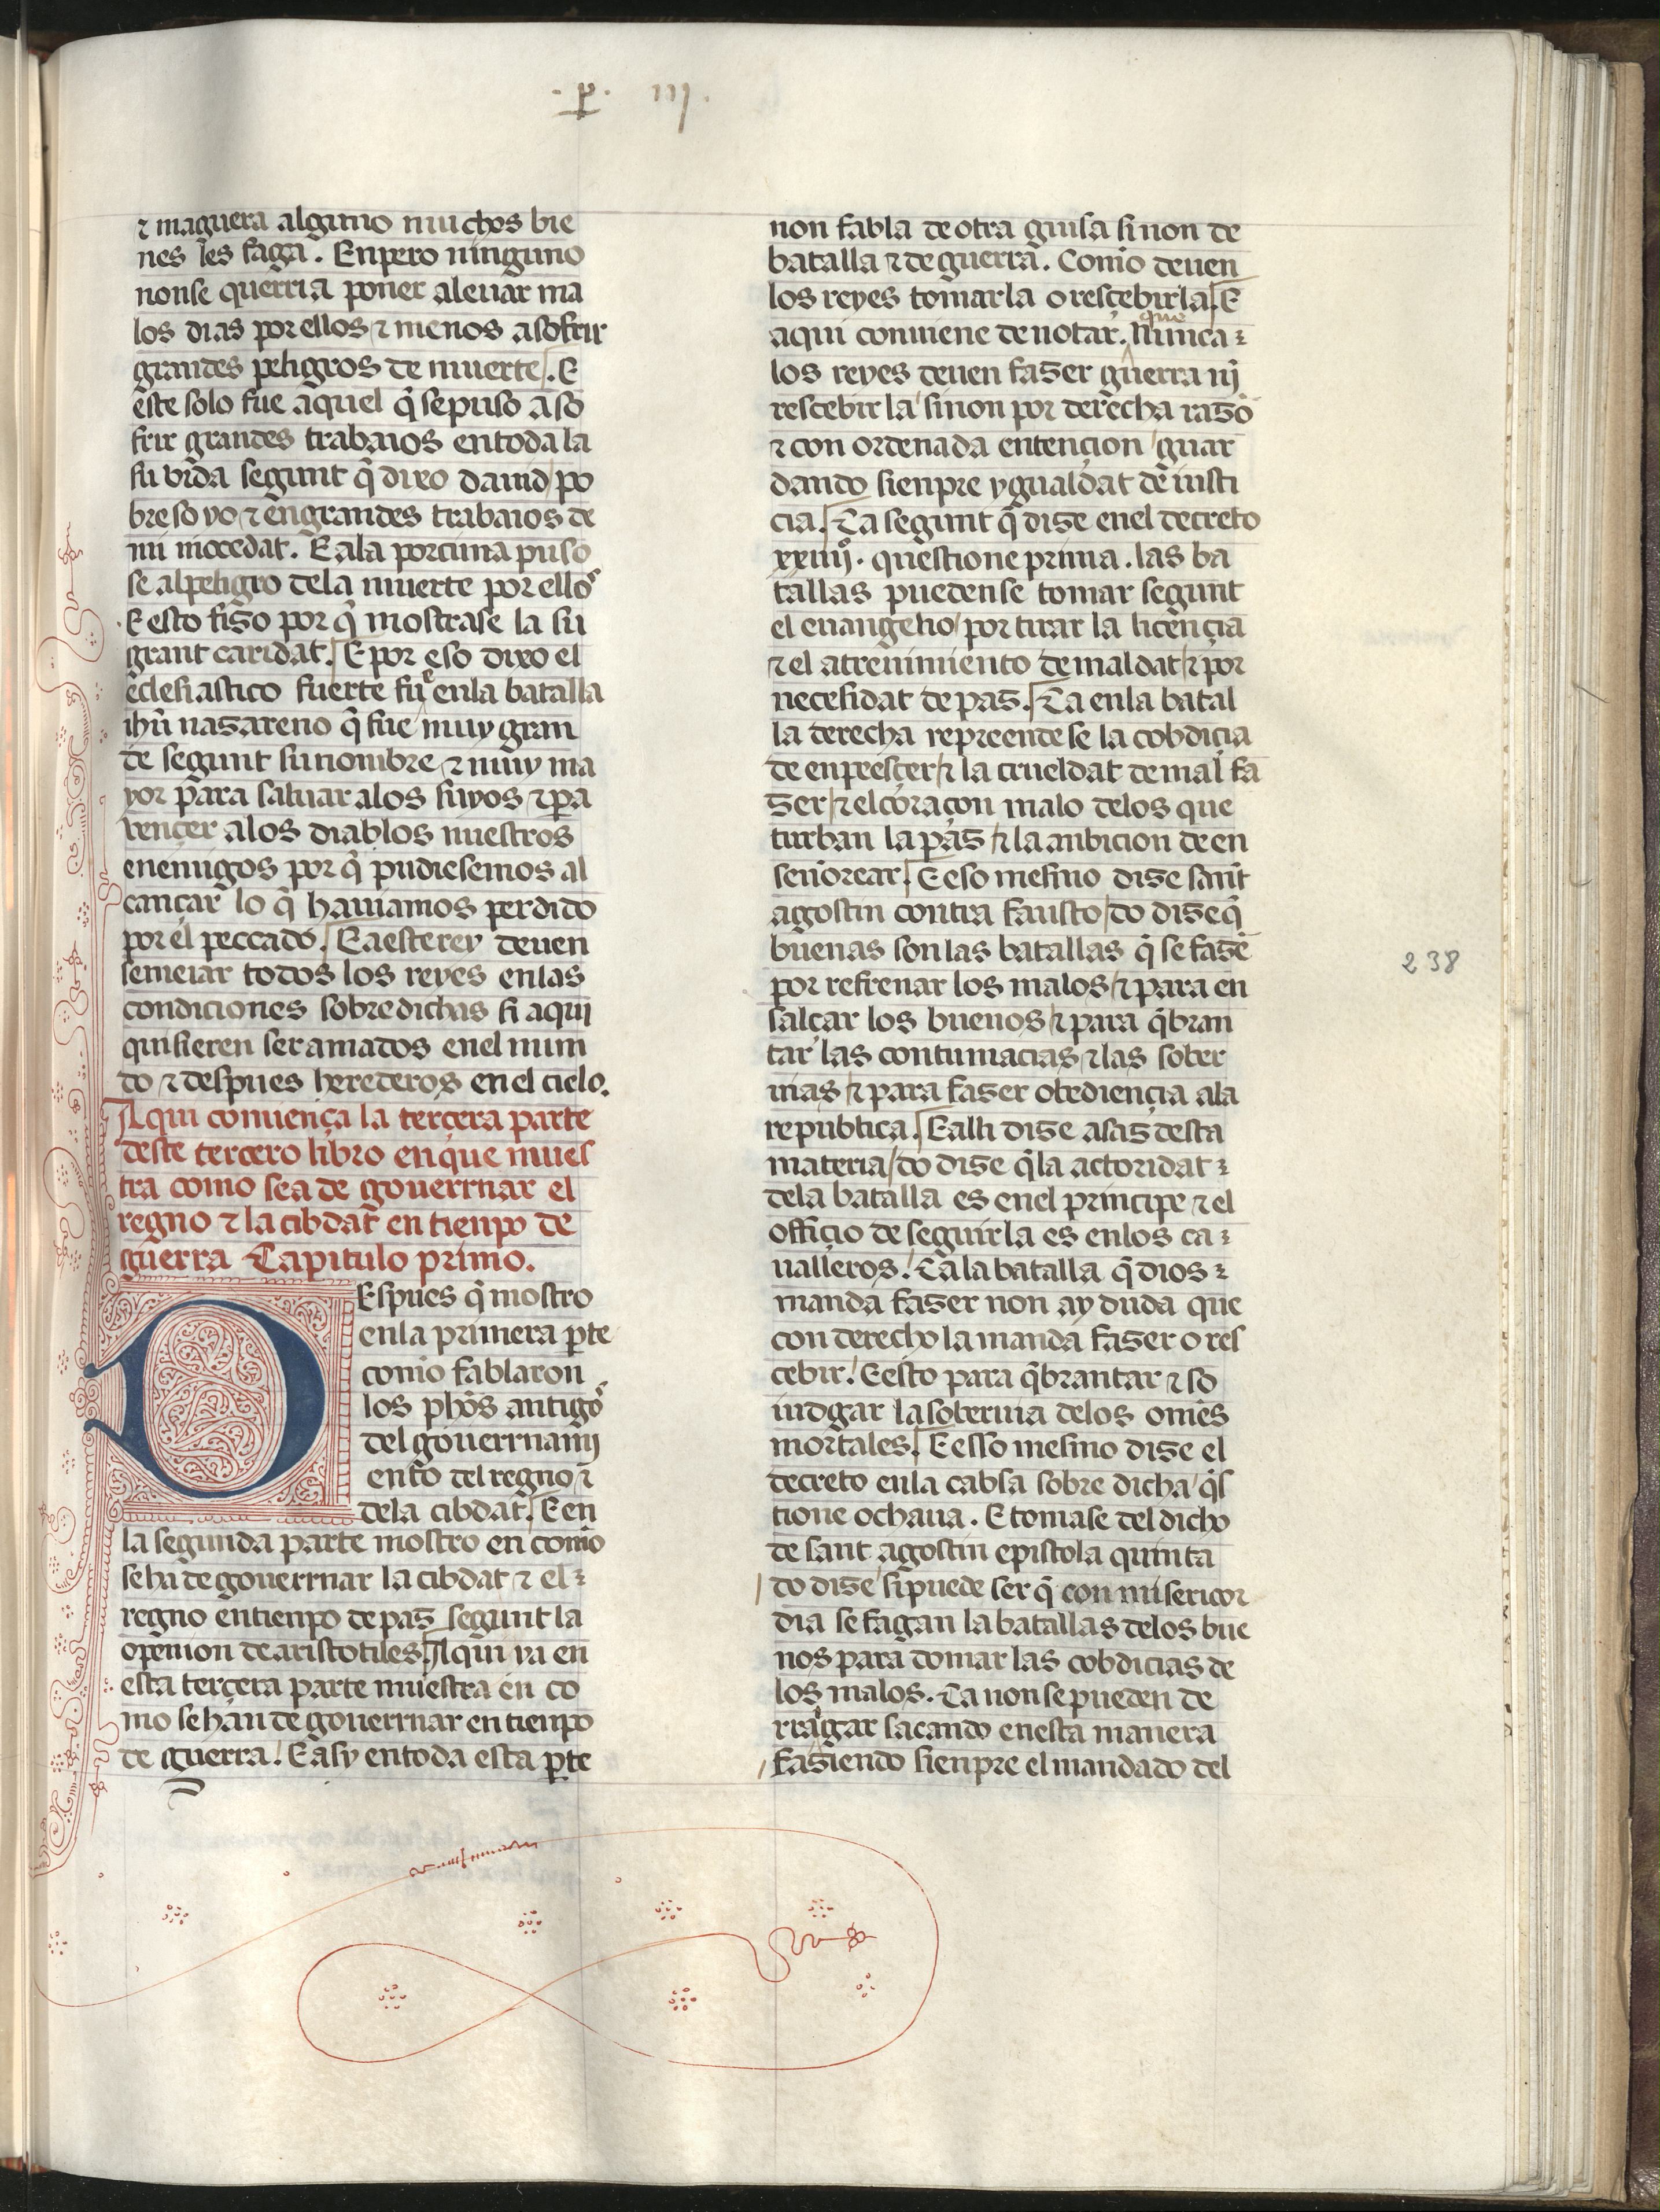
Shelfmark: Madrid, Fundación Lázaro Galdiano, mss 289
Century: 15